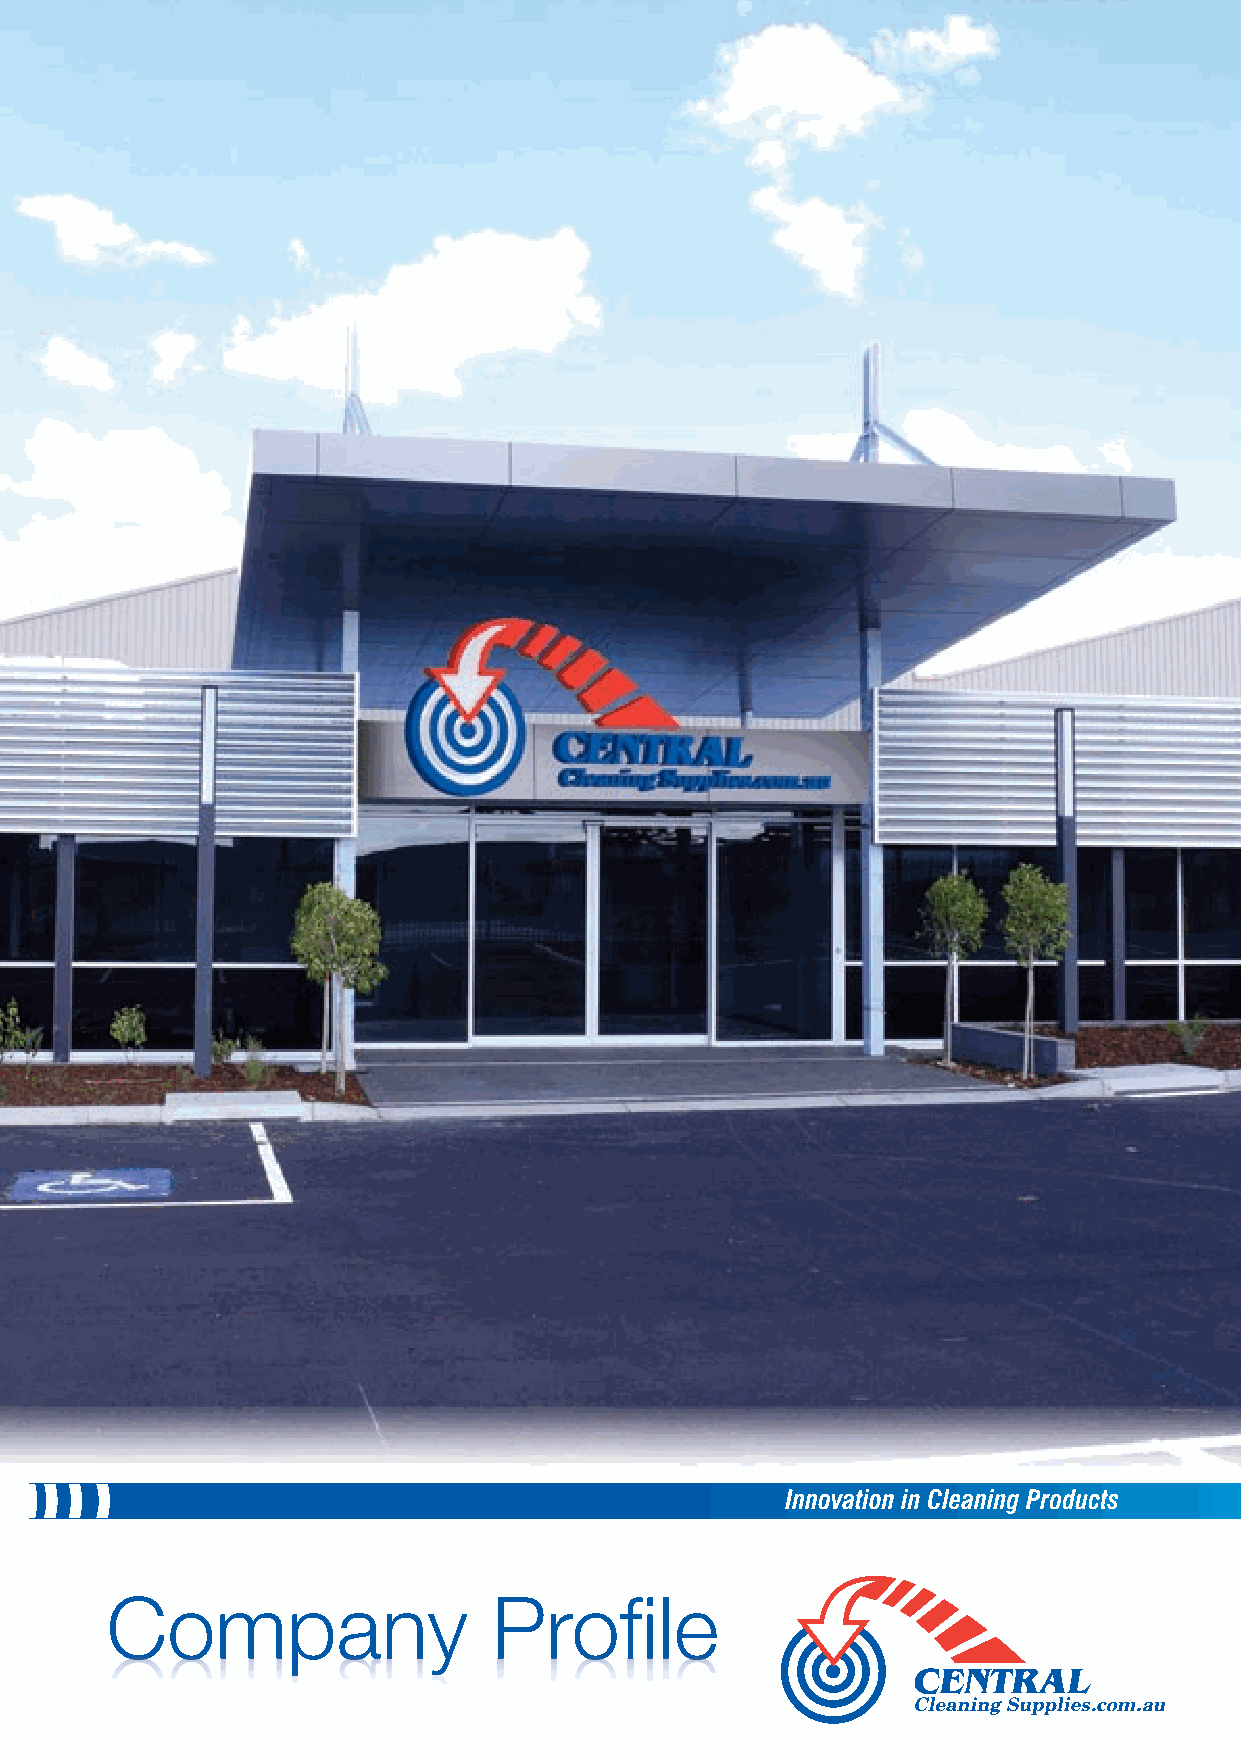
Company                   Profile